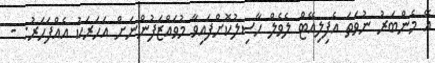
އޭ މެންބަރު ނުވަތަ އެފިލިއޭޓް ލެވެލް ހާސިލުކޮށްފައިވާ މުވައްޒަފުންނަށް އަހަރަކު އެއްފަހަރު: -